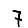
Digit: 7